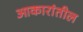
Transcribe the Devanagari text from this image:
आकारांतील